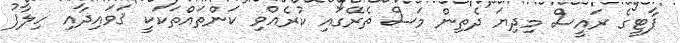
ޕާޓީގެ ރައީސް މިދިޔަ ދެތިން މަސް ތެރޭގައި ކުރެއްވި ކަންތައްތަކަކީ ޤަވައިދާއި ހިލާފު